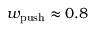
w _ { \mathrm { p u s h } } \approx 0 . 8